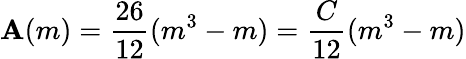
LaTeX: \mathbf{A}(m)=\frac{{26}}{{12}}(m^{3}-m)=\frac{{C}}{{12}}(m^{3}-m)